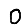
Digit: 0